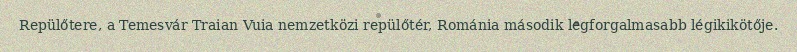
Repülőtere, a Temesvár Traian Vuia nemzetközi repülőtér, Románia második legforgalmasabb légikikötője.